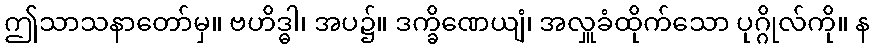
ဤသာသနာတော်မှ။ ဗဟိဒ္ဓါ၊ အပ၌။ ဒက္ခိဏေယျံ၊ အလှူခံထိုက်သော ပုဂ္ဂိုလ်ကို။ န